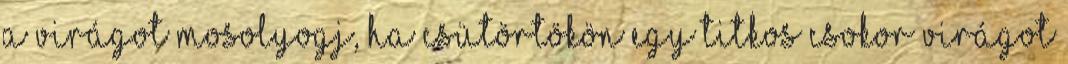
a virágot Mosolyogj, ha csütörtökön egy titkos csokor virágot